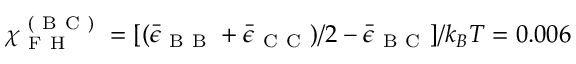
\chi _ { \mathrm { ~ F ~ H ~ } } ^ { \mathrm { ~ ( ~ B ~ C ~ ) ~ } } = [ ( \bar { \epsilon } _ { \mathrm { ~ B ~ B ~ } } + \bar { \epsilon } _ { \mathrm { ~ C ~ C ~ } } ) / 2 - \bar { \epsilon } _ { \mathrm { ~ B ~ C ~ } } ] / k _ { B } T = 0 . 0 0 6